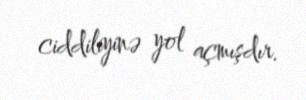
ciddiliyinə yol açmışdır.